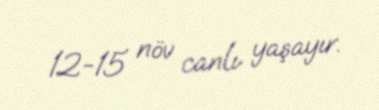
12-15 növ canlı yaşayır.